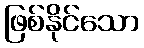
ဖြစ်နိုင်သော